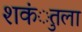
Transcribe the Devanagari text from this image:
शकंुतला